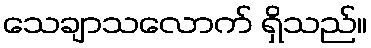
သေချာသလောက် ရှိသည်။